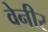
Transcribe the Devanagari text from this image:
वेनीर